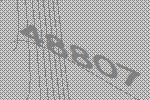
48807